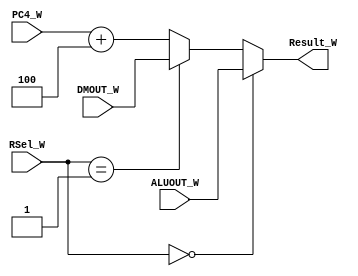
`timescale 1ns / 1ps
//////////////////////////////////////////////////////////////////////////////////
// Company: 
// Engineer: 
// 
// Design Name: 
// Module Name:    W_MUX 
// Project Name: 
// Target Devices: 
// Tool versions: 
// Description: 
//
// Dependencies: 
//
// Revision: 
// Revision 0.01 - File Created
// Additional Comments: 
//
//////////////////////////////////////////////////////////////////////////////////
module W_MUX(
    input [31:0] ALUOUT_W,
    input [31:0] DMOUT_W,
    input [31:0] PC4_W,
    input [1:0] RSel_W,
    output [31:0] Result_W
    );

assign Result_W = (RSel_W == 2'b00) ? ALUOUT_W :
						(RSel_W == 2'b01) ? DMOUT_W :
						PC4_W + 4;

endmodule